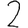
Digit: 2